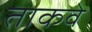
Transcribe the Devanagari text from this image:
ताकवे